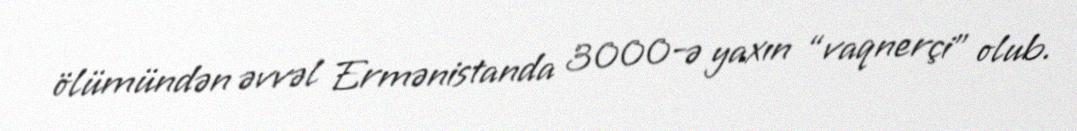
ölümündən əvvəl Ermənistanda 3000-ə yaxın “vaqnerçi” olub.